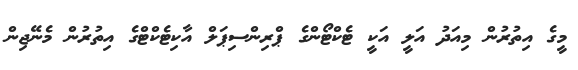
މީގެ އިތުރުން މިއަދު އަލީ އަކީ ޓެކްޓޯންގެ ޕްރިންސިޕަލް އާކިޓެކްޓްގެ އިތުރުން މެނޭޖިން